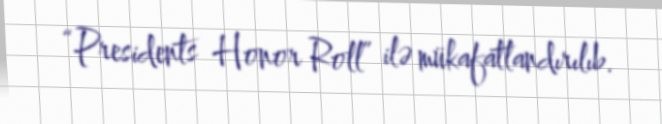
“Presidents Honor Roll” ilə mükafatlandırılıb.